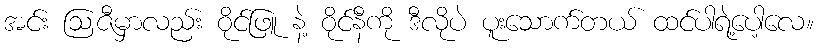
အင်း ဩဇီမှာလည်း ဝိုင်ဖြူ နဲ့ ဝိုင်နီကို ဒီလိုပဲ ပူးသောက်တယ် ထင်ပါရဲ့ပေါ့လေ။